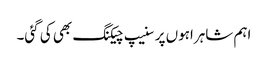
اہم شاہراہوں پر سنیپ چیکنگ بھی کی گئی۔